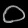
Digit: ၀